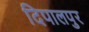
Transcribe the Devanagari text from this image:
दिपालपुर